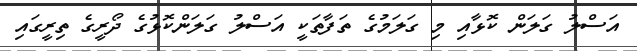
އަސްލު ގަލަން ކޮޅާއި މި ގަލަމުގެ ތަފާތަކީ އަސްލު ގަލަންކޮޅުގެ ދޯރީގެ ތިރީގައި